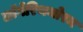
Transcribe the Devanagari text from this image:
लॉगेरिथमोरम